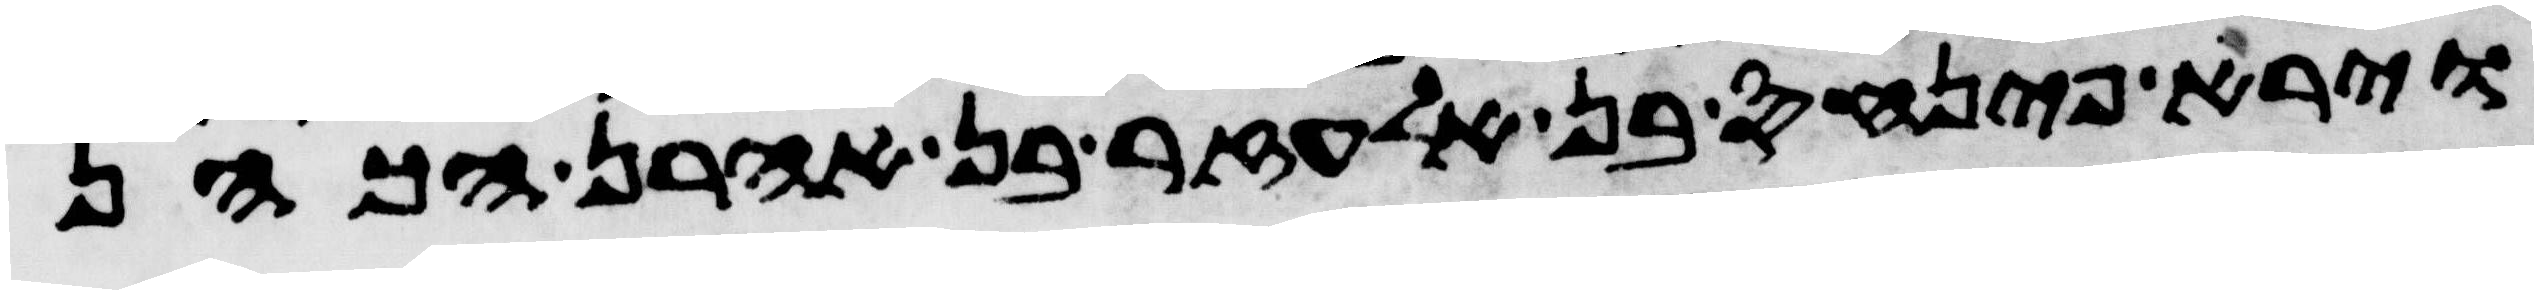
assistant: וירא פינחס בן אלעזר בן אהרן הכהן